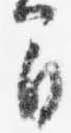
間